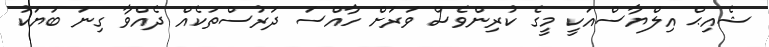
ޝެއިޙް އިލްޔާސްއަކީ މީގެ ކުރިންވެސް ވަރަށް ހާއްސަ ދަރުސްތަކެއް ދެއްވާ ގިނަ ބަޔަކު